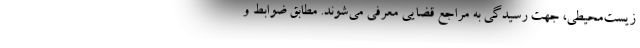
زیست‌محیطی، جهت رسیدگی به مراجع قضایی معرفی می‌شوند. مطابق ضوابط و